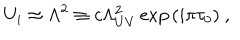
LaTeX: U _ { i } \approx \Lambda ^ { 2 } \equiv c \Lambda _ { U V } ^ { 2 } \exp { ( i \pi \tau _ { 0 } ) } \ ,